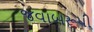
જવાબરૂપી